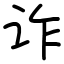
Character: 诈